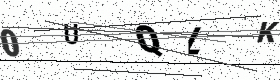
Text: 0UQLK